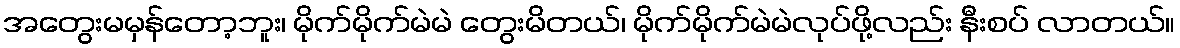
အတွေးမမှန်တော့ဘူး၊ မိုက်မိုက်မဲမဲ တွေးမိတယ်၊ မိုက်မိုက်မဲမဲလုပ်ဖို့လည်း နီးစပ် လာတယ်။